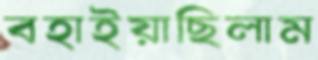
বহাইয়াছিলাম